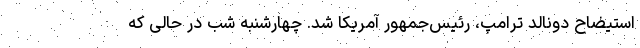
استیضاح دونالد ترامپ، رئیس‌جمهور آمریکا شد. چهارشنبه شب در حالی که